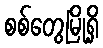
စစ်တွေမြို့ရှိ